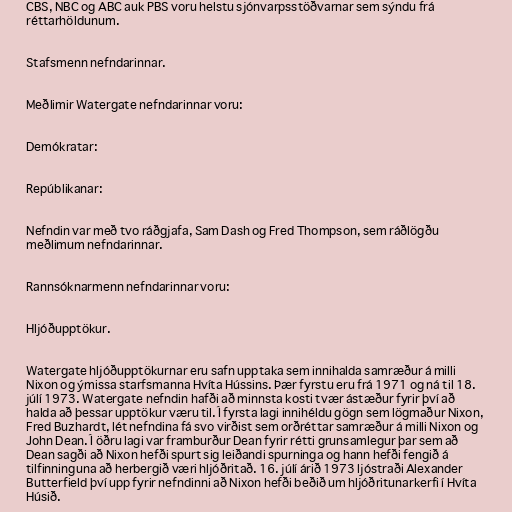
CBS, NBC og ABC auk PBS voru helstu sjónvarpsstöðvarnar sem sýndu frá
réttarhöldunum.

Stafsmenn nefndarinnar.

Meðlimir Watergate nefndarinnar voru:

Demókratar:

Repúblikanar:

Nefndin var með tvo ráðgjafa, Sam Dash og Fred Thompson, sem ráðlögðu
meðlimum nefndarinnar.

Rannsóknarmenn nefndarinnar voru:

Hljóðupptökur.

Watergate hljóðupptökurnar eru safn upptaka sem innihalda samræður á milli
Nixon og ýmissa starfsmanna Hvíta Hússins. Þær fyrstu eru frá 1971 og ná til 18.
júlí 1973. Watergate nefndin hafði að minnsta kosti tvær ástæður fyrir því að
halda að þessar upptökur væru til. Í fyrsta lagi innihéldu gögn sem lögmaður Nixon,
Fred Buzhardt, lét nefndina fá svo virðist sem orðréttar samræður á milli Nixon og
John Dean. Í öðru lagi var framburður Dean fyrir rétti grunsamlegur þar sem að
Dean sagði að Nixon hefði spurt sig leiðandi spurninga og hann hefði fengið á
tilfinninguna að herbergið væri hljóðritað. 16. júlí árið 1973 ljóstraði Alexander
Butterfield því upp fyrir nefndinni að Nixon hefði beðið um hljóðritunarkerfi í Hvíta
Húsið.